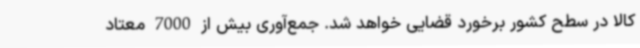
کالا در سطح کشور برخورد قضایی خواهد شد. جمع‌آوری بیش از 7000 معتاد